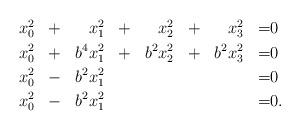
LaTeX: \begin{align*}\begin{aligned}& x_0^2 & &+& & x_1^2 & &+& & x_2^2 & &+& & x_3^2 &=& 0 \\& x_0^2 & &+& b^4 & x_1^2 & &+& b^2 & x_2^2 & &+& b^2 & x_3^2 &=& 0 \\ & x_0^2 & &-& b^2 & x_1^2 & & & & & & & & &=& 0 \\ & x_0^2 & &-& b^2 & x_1^2 & & & & & & & & &=& 0.\end{aligned}\end{align*}